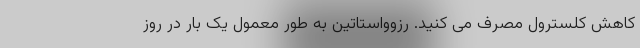
کاهش کلسترول مصرف می کنید. رزوواستاتین به طور معمول یک بار در روز